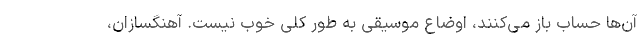
آن‌ها حساب باز می‌کنند، اوضاع موسیقی به طور کلی خوب نیست. آهنگسازان،